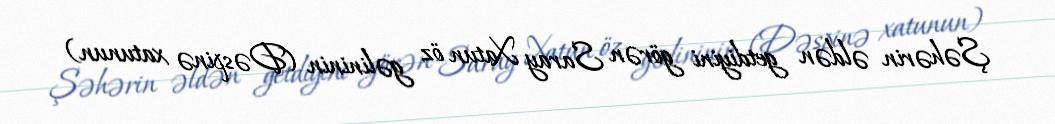
Şəhərin əldən getdiyini görən Saray Xatun öz gəlininin (Dəspinə xatunun)